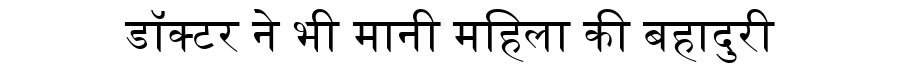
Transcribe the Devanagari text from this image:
डॉक्टर ने भी मानी महिला की बहादुरी